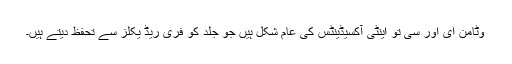
وٹامن ای اور سی تو اینٹی آکسیڈینٹس کی عام شکل ہیں جو جلد کو فری ریڈ یکلز سے تحفظ دیتے ہیں۔